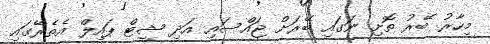
މިހާރު ބޭރު ތޮށި ނަގައި ބޭރަށް ޖައްސައި އަދި ޝީޓް ޕައިލް އެެތެރޭގައި